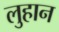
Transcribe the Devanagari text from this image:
लुहान